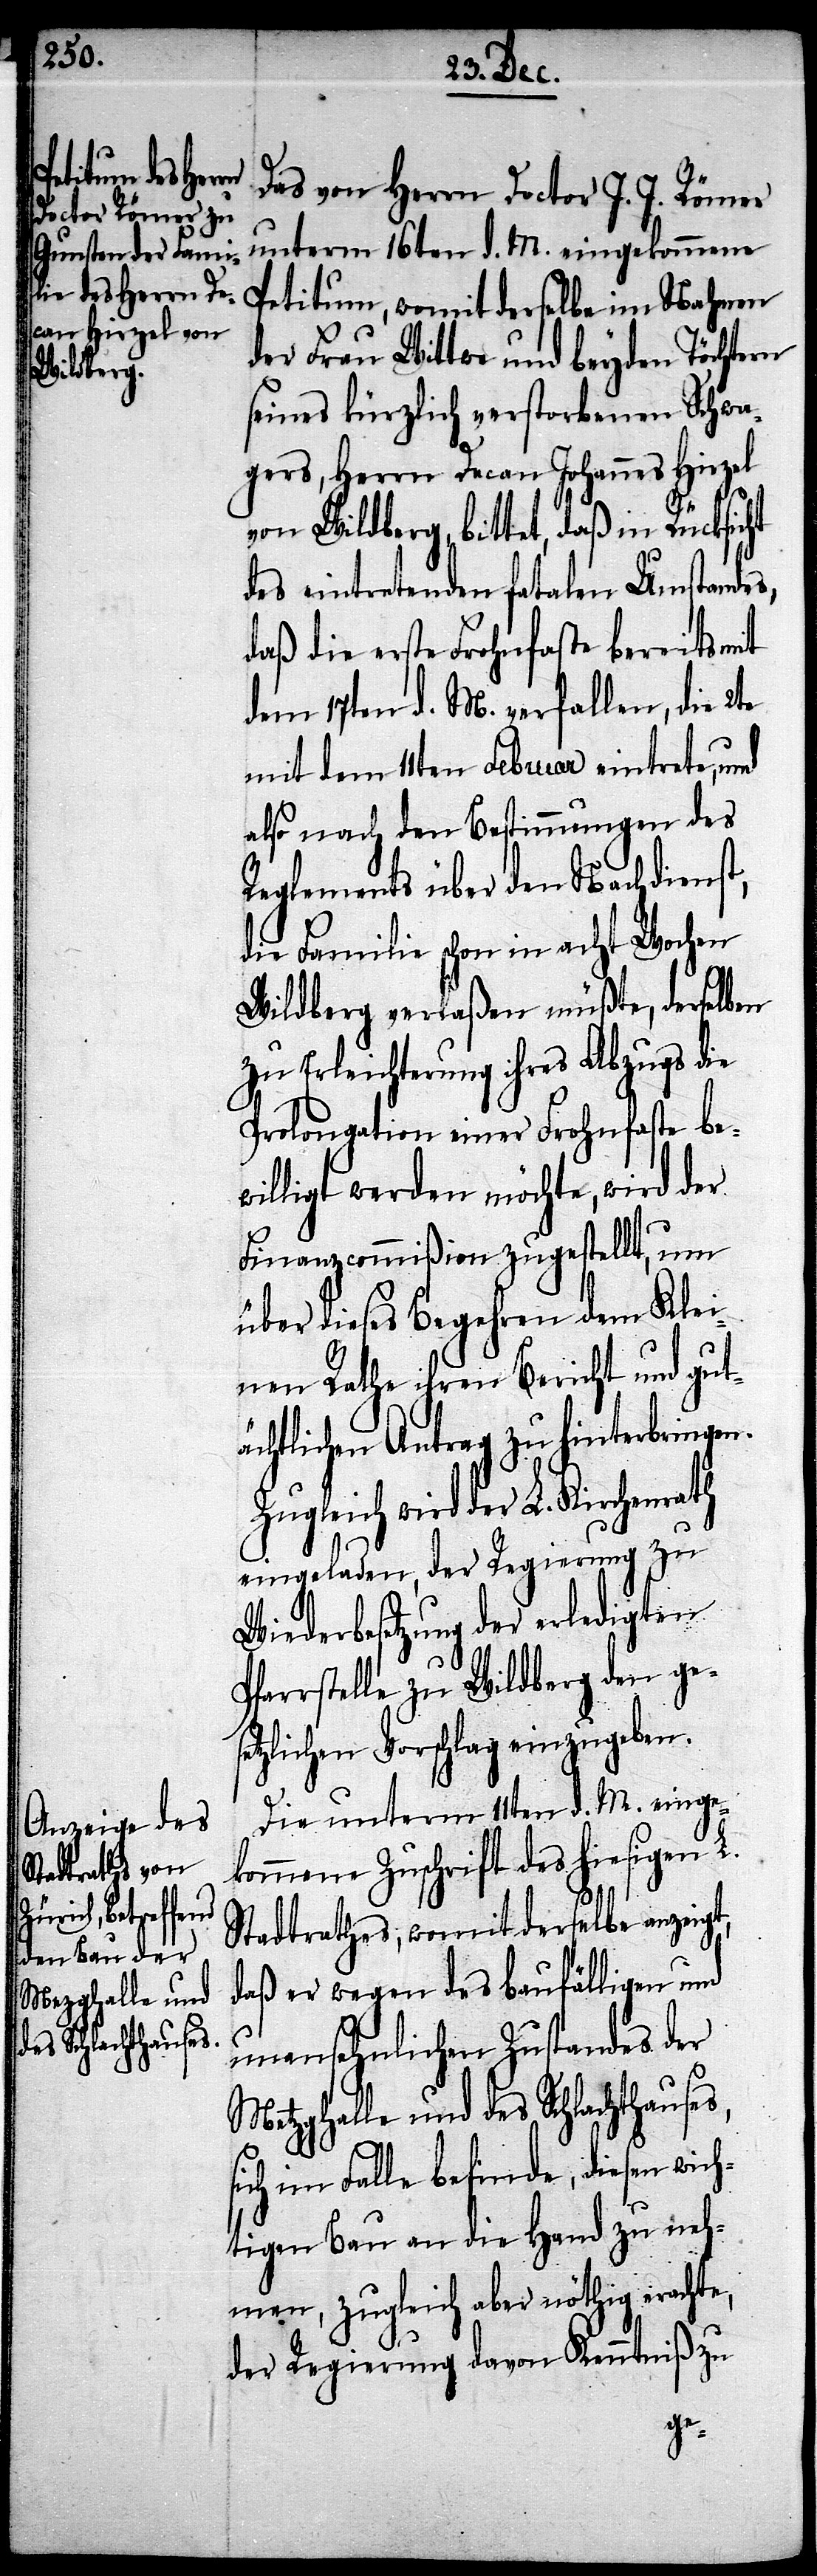
Das von Herrn Doctor J. J. Römer
unterm 16ten d. M. eingekommene
Petitum, womit derselbe im Nahmen
der Frau Wittwe und beyden Töchtern
seines kürzlich verstorbenen Schwa¬
gers, Herrn Decan Johannes Hirzel
von Wildberg, bittet, daß in Rücksicht
des eintretenden fatalen Umstandes,
daß die erste Frohnfaste bereits mit
dem 17ten d. M. verfallen, die 2te
mit dem 11ten Februar eintrete, und
also nach den Bestimmungen des
Reglements über den Nachdienst,
di Familie schon in acht Wochen
Wildberg verlaßen müßte, derselben
zu Erleichterung ihres Abzugs die
Prolongation eines Frohnfaste be¬
willigt werden möchte, wird der
Finanzcommißion zugestellt, um
über dieses Begehren dem Klei¬
nen Rathe ihren Bericht und gut¬
ächtlichen Antrag zu hinterbringen.
gleich wird der L. Kirchenrath
eingeladen, der Regierung zu
Wiederbesetzung der erledigten
Pfarrstelle zu Wildberg den ges¬
etzlichen Vorschlag einzugeben.
Die unterm 11ten d. M. einge¬
kommene Zuschrift des hiesigen L.
Stadtrathes, womit derselbe anzeigt,
daß er wegen des baufälligen und
unansehnlichen Zustandes der
Metzghalle und des Schlachthofes,
ich im Falle befinde, diesen wic¬
htigen Bau an die Hand zu neh¬
men, zugleich aber nöthig erachte,
der Regierung davon Kenntniß zu
s¬